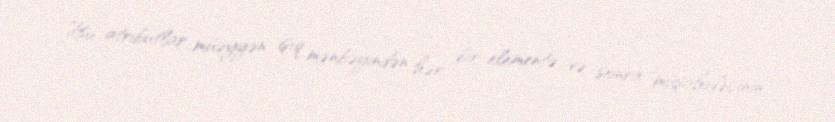
Bu atributlar müəyyən işıq mənbəyindən hər bir elementə və sonra müşahidəçinin